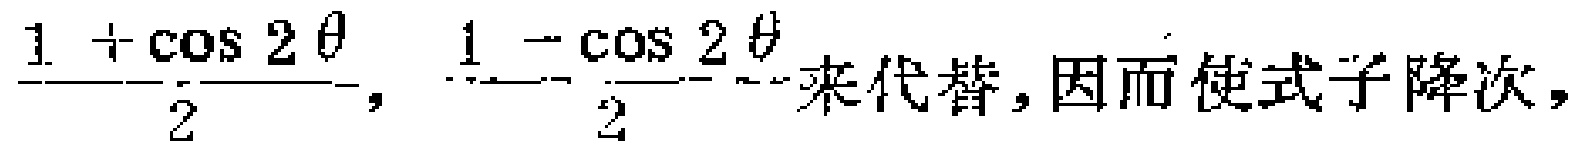
$\frac{1 + \cos 2\theta}{2}, \frac{1 - \cos 2\theta}{2}$ 来代替, 因而使式子降次,